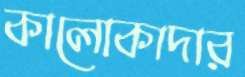
কালোকাদার